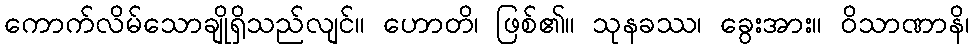
ကောက်လိမ်သောချိုရှိသည်လျင်။ ဟောတိ၊ ဖြစ်၏။ သုနခဿ၊ ခွေးအား။ ဝိသာဏာနိ၊